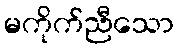
မကိုက်ညီသော